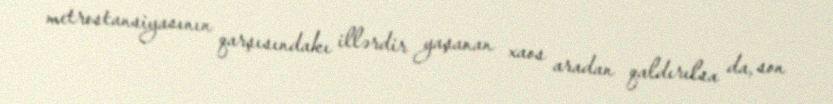
metrostansiyasının qarşısındakı illərdir yaşanan xaos aradan qaldırılsa da, son